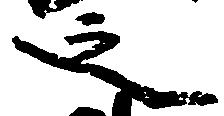
之